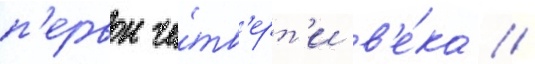
п'ервои че́тв'ерт'и в'е́ка //